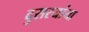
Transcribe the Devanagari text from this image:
दुसरयांना